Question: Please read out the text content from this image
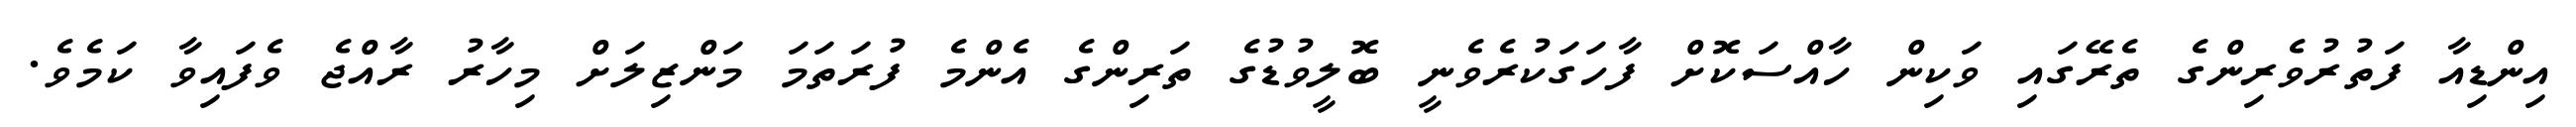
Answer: އިންޑިއާ ފަތުރުވެރިންގެ ތެރޭގައި ވަކިން ހާއްސަކޮށް ފާހަގަކުރެވެނީ ބޮލީވުޑުގެ ތަރިންގެ އެންމެ ފުރަތަމަ މަންޒިލަށް މިހާރު ރާއްޖެ ވެފައިވާ ކަމެވެ.